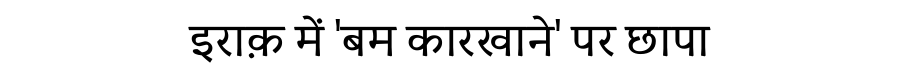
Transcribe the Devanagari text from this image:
इराक़ में 'बम कारखाने' पर छापा